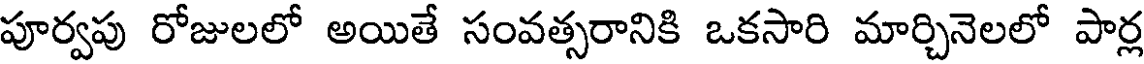
పూర్వపు రోజులలో అయితే సంవత్సరానికి ఒకసారి మార్చినెలలో పార్ల